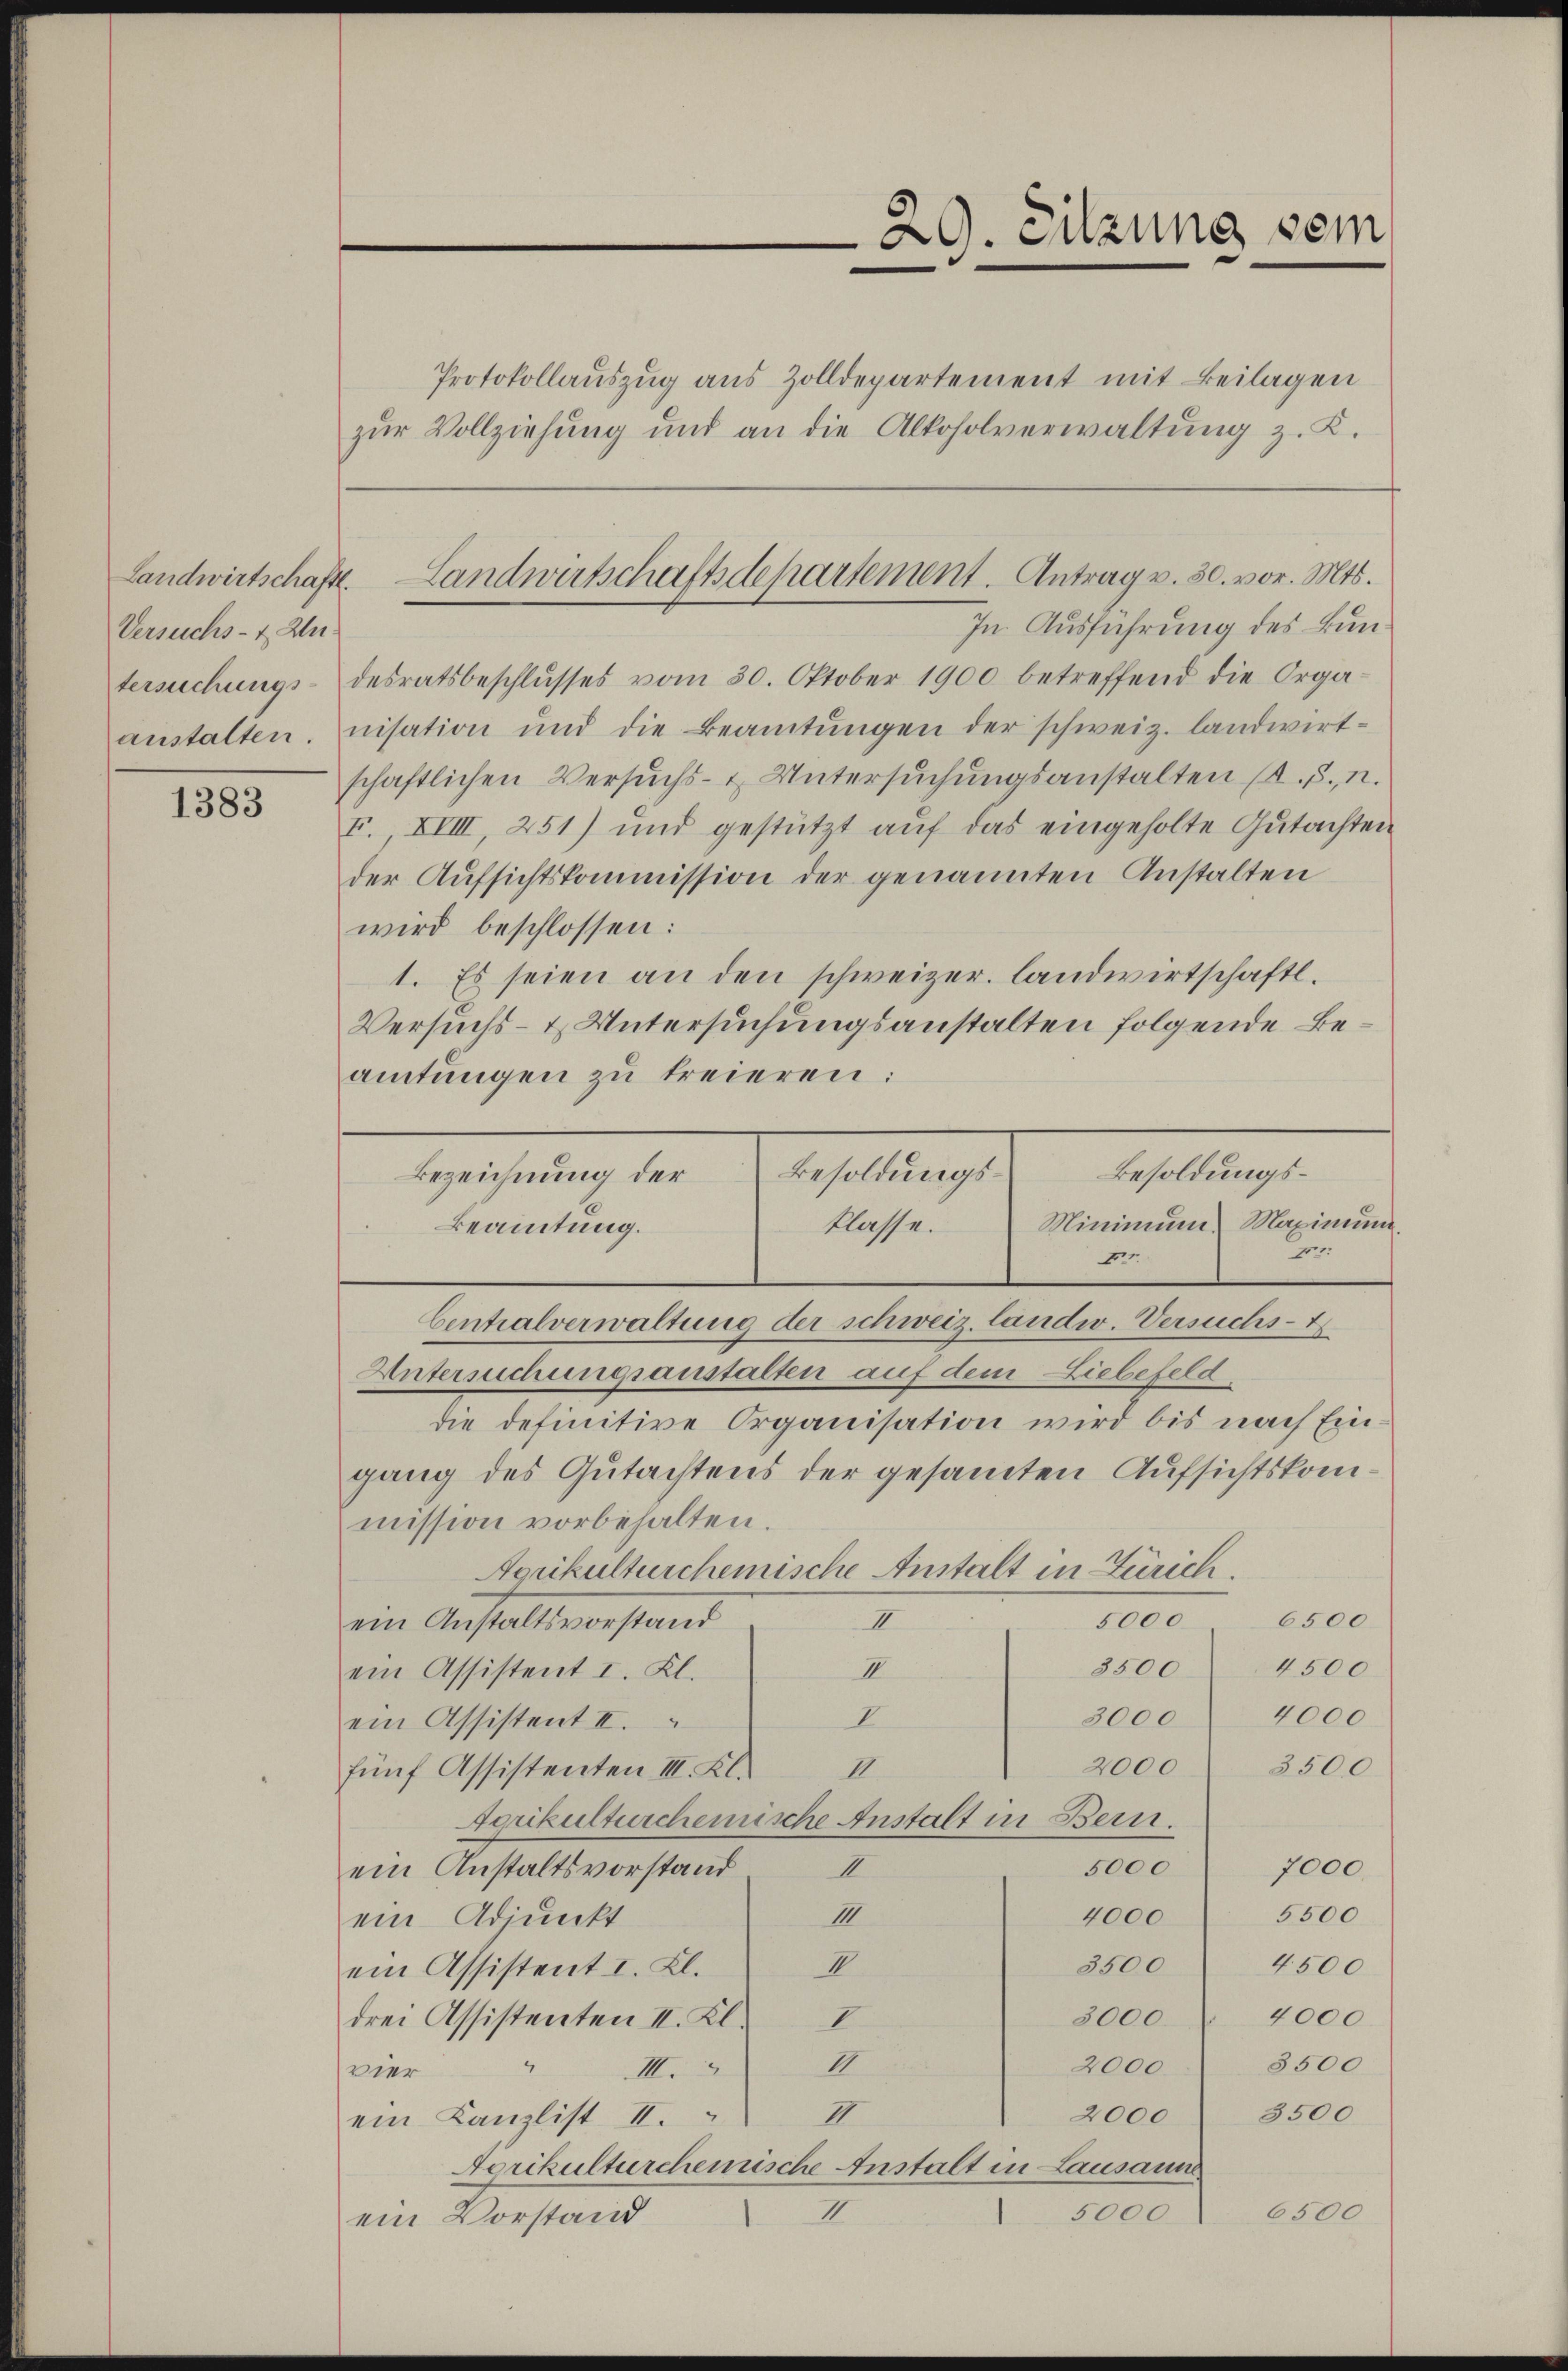
Versuchs- & An-

1383

In Ausführung des Buntersuchungs- desratsbeschlŭsses vom 30. Oktober 1900 betreffend die Orga-
anstalten, nisation und die Beamtŭngen der schweiz. landwirt-
schaftlichen Versuchs- u. Untersuchungsanstalten (s. S., n.
F. XVIII 251) und gestützt aŭf das eingeholte Gutachten
der Aufsichtskommission der genannten Anstalten
wird beschlossen:
1. Es seien an den schweizer landwirtschaftl.
Versuchs- & Untersuchungsanstalten folgende Beamtungen zu freieren:
e
1
bentralverwaltung der schweiz. landw. Versuchs-
Untereichungsanstalten auf dem Liebefeld
die definitive Organisation wird bis nach Eingang des Gutachtens der gesammten Aufsichtskommission vorbehalten.
Agrikulturchemische Anstalt in Zürich.
6500
5000
ein Anstaltsvorstand
II
4500
3500
III
ein Assistent I. Kl.
3000 4000
ein Assistent II.
I
2000 3500
II.
fünf Assistenten III. Kl.
Agrikulturcheinische Anstalt in Bern.
5000 7000.
ein Anstaltsvorstand
1
5500
4000
III.
ein Adjunkt
4500
3500
II
ein Assistent I. Kl.
4000
2000.
drei Assistenten II. Kl. I
1
2000. 3500
vier
II.
2000 3500
ein Kanzlist II. II
Agrikulturchemische Anstalt in Lausann
5,000 6500
III.
ein Vorstand

Protokollauszug aus Zolldepartement mit Beilagen
zur Vollziehung und an die Alkoholverwaltung z. K.

Landwirtschaft. Landwirtschaftsdepartement. Antrag v. 30. vor. Mts.

Besoldungs¬
Besoldungs¬
Bezeichnung der
Minimum. Maximum.
klasse.
Beamtung.

29. Sitzung sei